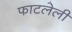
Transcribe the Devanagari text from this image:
फाटलेली